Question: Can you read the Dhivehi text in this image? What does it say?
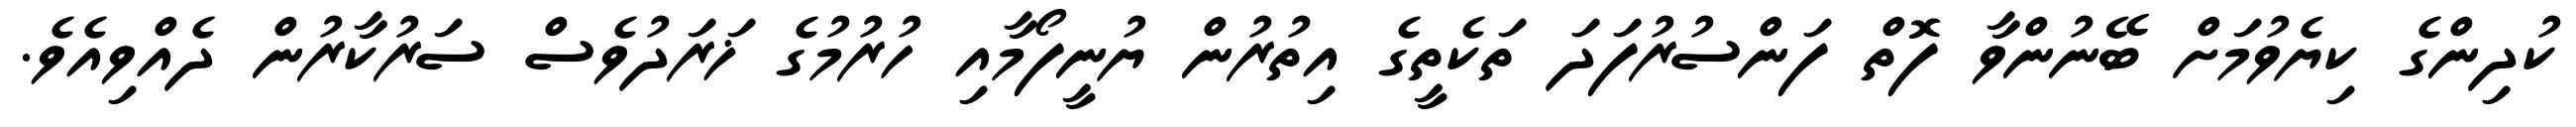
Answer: ކުދިންގެ ކިޔެވުމަށް ބޭނުންވާ ފޮތް ފަންސުރުފަދަ ތަކެތީގެ އިތުރުން ޔުނީފޯމާއި ހުރުމުގެ ޚަރަދުވެސް ސަރުކާރުން ދެއްވިއެވެ.